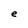
Character: e